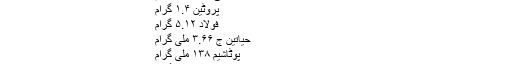
۱۰۰ گرام سکنجبین کے اجزاء:
کیلوریز ۶۹
کولسٹرول ۰
کاربوہائیڈریٹس ۱۰ فیصد
غذائی فائبر ۸.۹ گرام
پروٹین ۱.۴ گرام
فولاد ۵.۱۲ گرام
حیاتین ج ۳.۶۶ ملی گرام
پوٹاشیم ۱۳۸ ملی گرام
کیلشیم ۲۵.۲ ملی گرام
فولیٹ ۳ ملی گرام
میکنیزیم ۸ ملی گرام
کاپر ۴.۰ گرام
لیموں کی سکنجبین نظام ہضم کو درست رکھتی ہے۔